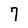
Character: 7